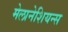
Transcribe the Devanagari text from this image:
मेलानेशियन्स